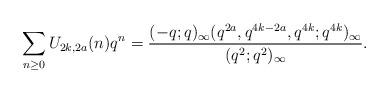
LaTeX: \begin{align*}\sum_{n\geq0}U_{2k,2a}(n)q^n=\frac{(-q;q)_\infty(q^{2a},q^{4k-2a},q^{4k};q^{4k})_\infty}{(q^2;q^2)_\infty}.\end{align*}